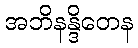
အဘိနန္ဒိတေန